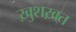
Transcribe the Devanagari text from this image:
ख़ुशख़त